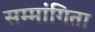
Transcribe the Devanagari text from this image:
सम्मांगिता